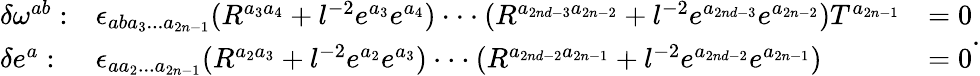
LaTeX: \begin{array}{lll}{{\delta\omega^{ab}:}}&{{\epsilon_{aba_{3}...a_{2n-1}}(R^{a_{3}a_{4}}+l^{-2}e^{a_{3}}e^{a_{4}})\cdot\cdot\cdot(R^{a_{2nd-3}a_{2n-2}}+l^{-2}e^{a_{2nd-3}}e^{a_{2n-2}})T^{a_{2n-1}}}}&{{=0}}\\ {{\delta e^{a}:}}&{{\epsilon_{aa_{2}...a_{2n-1}}(R^{a_{2}a_{3}}+l^{-2}e^{a_{2}}e^{a_{3}})\cdot\cdot\cdot(R^{a_{2nd-2}a_{2n-1}}+l^{-2}e^{a_{2nd-2}}e^{a_{2n-1}})}}&{{=0}}\end{array}.